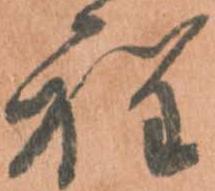
程